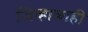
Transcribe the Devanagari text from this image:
जिव्हाळाही